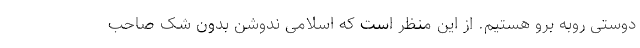
دوستی روبه برو هستیم. از این منظر است که اسلامی ندوشن بدون شک صاحب